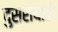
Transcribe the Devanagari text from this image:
दुसरायाची